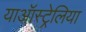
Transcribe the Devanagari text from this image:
याऑस्ट्रेलिया